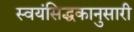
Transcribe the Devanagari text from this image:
स्वयंसिद्धकानुसारी